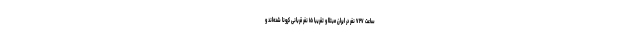
ساعت ۷۲۷ نفر در ایران مبتلا و تقریبا ۱۵ نفر قربانی کرونا شده‌اند و